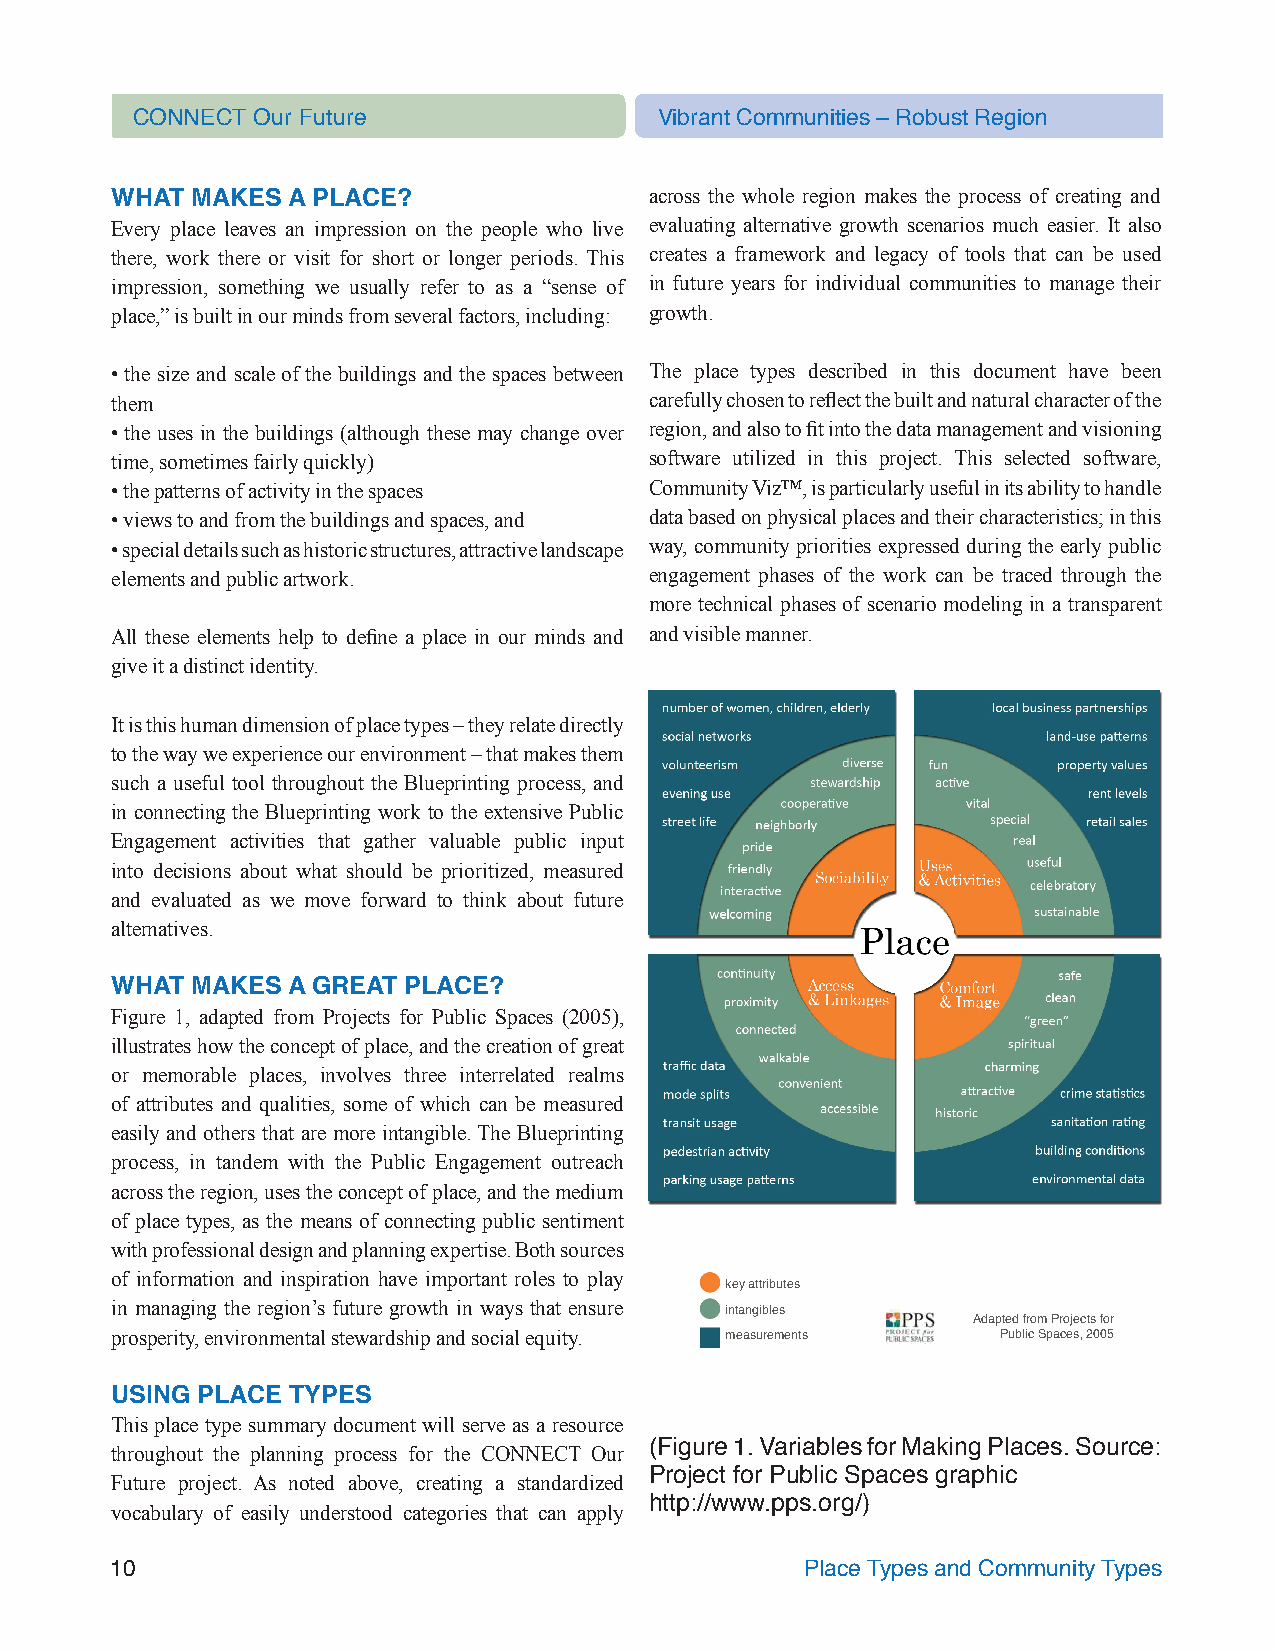
CONNECT Our Future                 Vibrant Communities – Robust Region
 WHAT  MAKES A PLACE?                across the whole region makes the process of creating and
 Every place leaves an impression on the people who live evaluating alternative growth scenarios much easier. It also
 there, work there or visit for short or longer periods. This creates a framework and legacy of tools that can be used
 impression, something we usually refer to as a “sense of in future years for individual communities to manage their
 place,” is built in our minds from several factors, including: growth.
 • the size and scale of the buildings and the spaces between The place types described in this document have been
 them                                carefully chosen to reflect the built and natural character of the
 • the uses in the buildings (although these may change over region, and also to fit into the data management and visioning
 time, sometimes fairly quickly)     software utilized in this project. This selected software,
 • the patterns of activity in the spaces Community Viz™, is particularly useful in its ability to handle
 • views to and from the buildings and spaces, and data based on physical places and their characteristics; in this
 • special details such as historic structures, attractive landscape way, community priorities expressed during the early public
 elements and public artwork.        engagement phases of the work can be traced through the
 more technical phases of scenario modeling in a transparent
 All these elements help to define a place in our minds and and visible manner.
 give it a distinct identity.
 It is this human dimension of place types – they relate directly
 to the way we experience our environment – that makes them
 such a useful tool throughout the Blueprinting process, and
 in connecting the Blueprinting work to the extensive Public
 Engagement activities that gather valuable public input
 into decisions about what should be prioritized, measured
 and evaluated as we move forward to think about future
 alternatives.
 WHAT  MAKES A GREAT PLACE?
 Figure 1, adapted from Projects for Public Spaces (2005),
 illustrates how the concept of place, and the creation of great
 or memorable places, involves three interrelated realms
 of attributes and qualities, some of which can be measured
 easily and others that are more intangible. The Blueprinting
 process, in tandem with the Public Engagement outreach
 across the region, uses the concept of place, and the medium
 of place types, as the means of connecting public sentiment
 with professional design and planning expertise. Both sources
 of information and inspiration have important roles to play
 key attributes
 in managing the region’s future growth in ways that ensure
 intangibles
 Adapted from Projects for
 prosperity, environmental stewardship and social equity. measurements Public Spaces, 2005
 USING PLACE TYPES
 This place type summary document will serve as a resource
 throughout the planning process for the CONNECT Our (Figure 1. Variables for Making Places. Source:
 Future project. As noted above, creating a standardized Project for Public Spaces graphic
 http://www.pps.org/)
 vocabulary of easily understood categories that can apply
 10                                            Place Types and Community Types